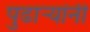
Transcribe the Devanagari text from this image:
पुढार्‍यांनी